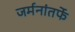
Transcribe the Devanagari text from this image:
जर्मनांतर्फे